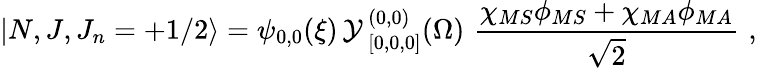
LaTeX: |N,J,J_{n}=+1/2\rangle=\psi_{0,0}(\xi)\, {\cal Y}\, _{[0,0,0]}^{(0,0)}(\Omega)\, \, {\frac{\chi_{MS}\phi_{MS}+\chi_{MA}\phi_{MA}}{\sqrt{2}}}\, \, ,